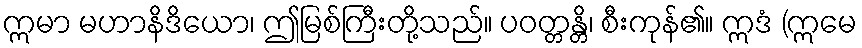
ဣမာ မဟာနိဒိယော၊ ဤမြစ်ကြီးတို့သည်။ ပဝတ္တန္တိ၊ စီးကုန်၏။ ဣဒံ (ဣမေ